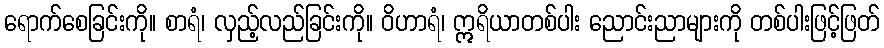
ရောက်စေခြင်းကို။ စာရံ၊ လှည့်လည်ခြင်းကို။ ဝိဟာရံ၊ ဣရိယာတစ်ပါး ညောင်းညာများကို တစ်ပါးဖြင့်ဖြတ်